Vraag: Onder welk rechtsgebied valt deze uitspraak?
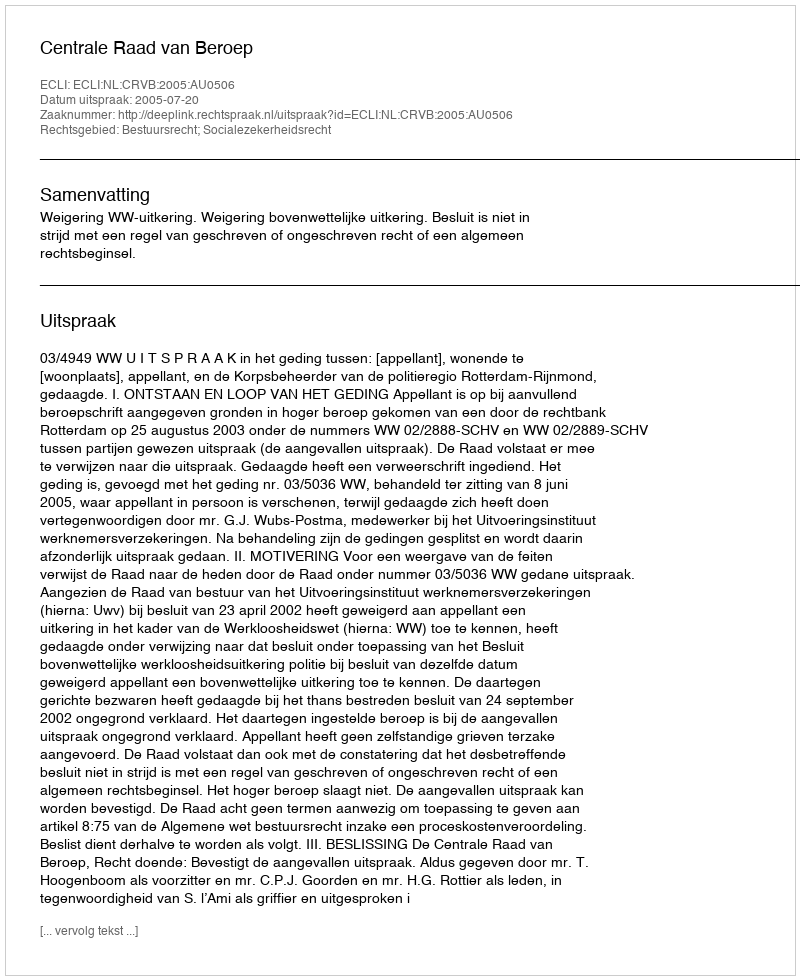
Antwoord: Bestuursrecht; Socialezekerheidsrecht